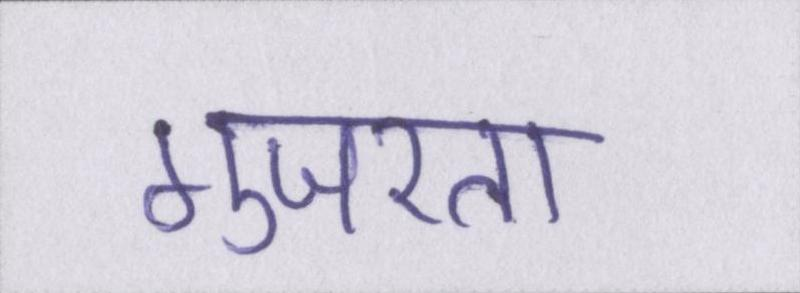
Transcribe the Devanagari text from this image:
गुजरता